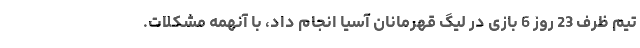
تیم ظرف 23 روز 6 بازی در لیگ قهرمانان آسیا انجام داد، با آنهمه مشکلات.